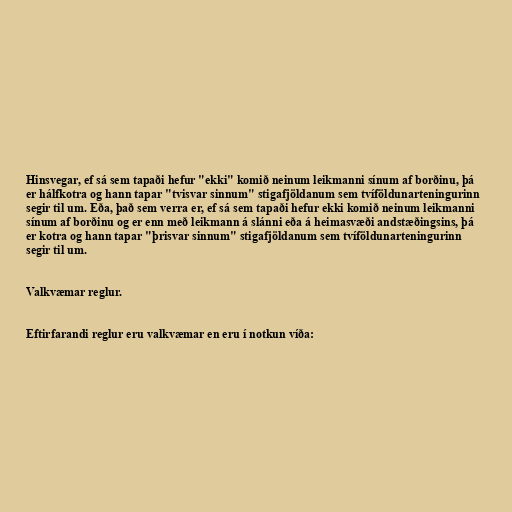
Hinsvegar, ef sá sem tapaði hefur "ekki" komið neinum leikmanni sínum af borðinu, þá
er hálfkotra og hann tapar "tvisvar sinnum" stigafjöldanum sem tvíföldunarteningurinn
segir til um. Eða, það sem verra er, ef sá sem tapaði hefur ekki komið neinum leikmanni
sínum af borðinu og er enn með leikmann á slánni eða á heimasvæði andstæðingsins, þá
er kotra og hann tapar "þrisvar sinnum" stigafjöldanum sem tvíföldunarteningurinn
segir til um.

Valkvæmar reglur.

Eftirfarandi reglur eru valkvæmar en eru í notkun víða: